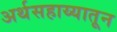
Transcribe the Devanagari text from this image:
अर्थसहाय्यातून